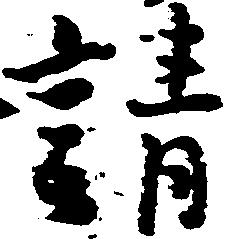
請